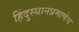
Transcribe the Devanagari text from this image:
हिंदुस्थानप्रमाणेच